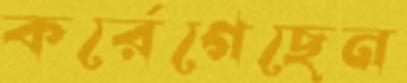
কর্রেগেছেন